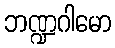
ဘဏ္ဍဂါမော